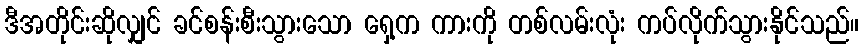
ဒီအတိုင်းဆိုလျှင် ခင်စန်းစီးသွားသော ရှေ့က ကားကို တစ်လမ်းလုံး ကပ်လိုက်သွားနိုင်သည်။